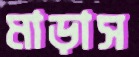
মাড়াস